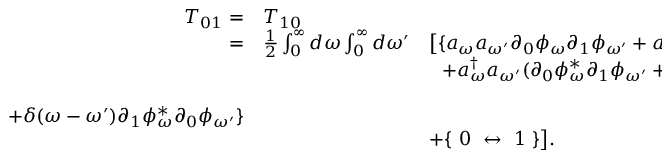
\begin{array} { r l l } { { T _ { 0 1 } = } } & { { T _ { 1 0 } } } & { { } } \\ { { = } } & { { { \frac { 1 } { 2 } } \int _ { 0 } ^ { \infty } d \omega \int _ { 0 } ^ { \infty } d \omega ^ { \prime } } } & { { \big [ \{ a _ { \omega } a _ { \omega ^ { \prime } } \partial _ { 0 } \phi _ { \omega } \partial _ { 1 } \phi _ { \omega ^ { \prime } } + a _ { \omega } ^ { \dagger } a _ { \omega ^ { \prime } } ^ { \dagger } \partial _ { 0 } \phi _ { \omega } ^ { \ast } \partial _ { 1 } \phi _ { \omega ^ { \prime } } ^ { \ast } } } \\ { { } } & { { } } & { { \ \ + a _ { \omega } ^ { \dagger } a _ { \omega ^ { \prime } } ( \partial _ { 0 } \phi _ { \omega } ^ { \ast } \partial _ { 1 } \phi _ { \omega ^ { \prime } } + \partial _ { 1 } \phi _ { \omega } ^ { \ast } \partial _ { 0 } \phi _ { \omega ^ { \prime } } ) } } \\ { { } } & { { } } & { { } } \\ { { + \delta ( \omega - \omega ^ { \prime } ) \partial _ { 1 } \phi _ { \omega } ^ { \ast } \partial _ { 0 } \phi _ { \omega ^ { \prime } } \} } } \\ { { } } & { { } } & { { + \{ \ 0 \ \leftrightarrow \ 1 \ \} \big ] . } } \end{array}